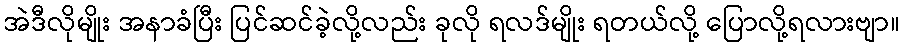
အဲဒီလိုမျိုး အနာခံပြီး ပြင်ဆင်ခဲ့လို့လည်း ခုလို ရလဒ်မျိုး ရတယ်လို့ ပြောလို့ရလားဗျာ။